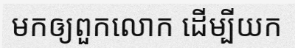
មកឲ្យពួកលោក ដើម្បីយក